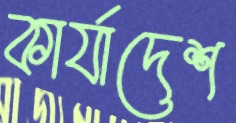
কার্যাদেশ